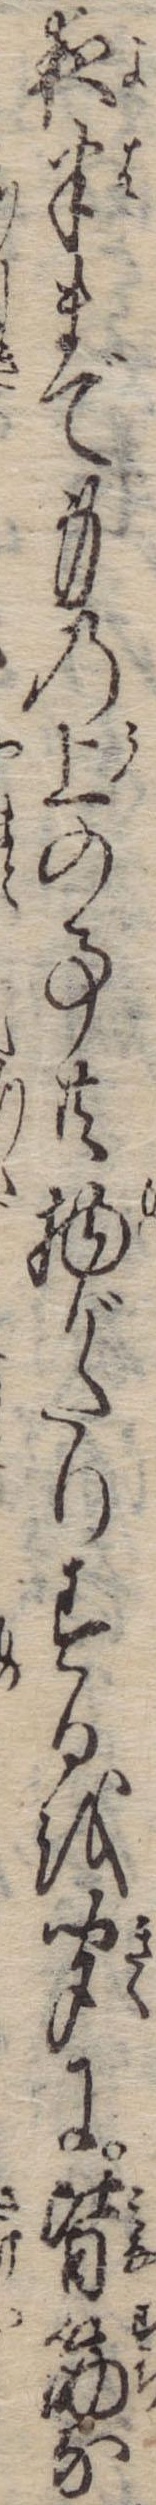
夜半まで身の上の事共物がたりするを聞に皆筋な